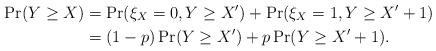
LaTeX: \begin{align*} \Pr(Y \ge X) &= \Pr(\xi_X = 0, Y \ge X') + \Pr(\xi_X = 1, Y \ge X' + 1) \\ &= (1-p) \Pr(Y \ge X') + p \Pr(Y \ge X' + 1). \end{align*}